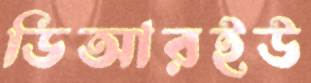
ডিআরইউ